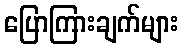
ပြောကြားချက်များ